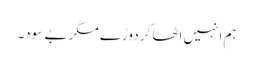
ہم انہیں اٹھا کر دوڑے مگر بے سود۔